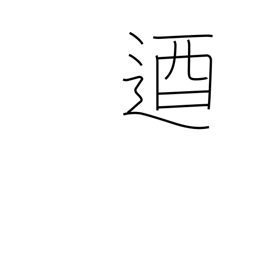
Meaning: unyielding